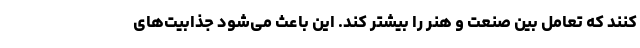
کنند که تعامل بین صنعت و هنر را بیشتر کند. این باعث می‌شود جذابیت‌های